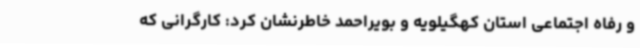
و رفاه اجتماعی استان کهگیلویه و بویراحمد خاطرنشان کرد: کارگرانی که